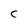
Character: C